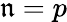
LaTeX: \mathfrak{n}=p